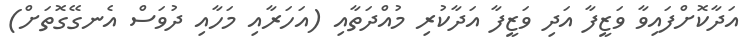
އަދާކޮށްފައިވާ ވަޒީފާ އަދި ވަޒީފާ އަދާކުރި މުއްދަތާއި (އަހަރާއި މަހާއި ދުވަސް އެނގޭގޮތަށް)